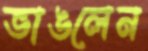
ভাঙলেন